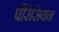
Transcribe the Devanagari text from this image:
पैरिसियन